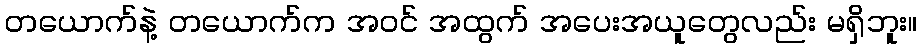
တယောက်နဲ့ တယောက်က အဝင် အထွက် အပေးအယူတွေလည်း မရှိဘူး။